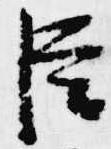
臣